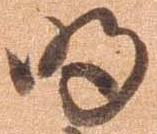
明